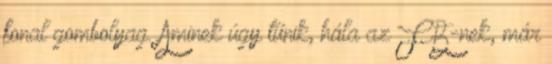
fonal gombolyag. Aminek úgy tűnik, hála az FB-nek, már